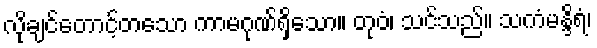
လိုချင်တောင့်တသော ကာမဂုဏ်ရှိသော။ တုဝံ၊ သင်သည်။ သကံမန္ဒိရံ၊